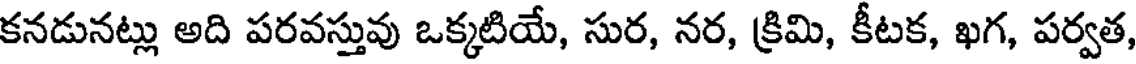
కనడునట్లు అది పరవస్తువు ఒక్కటియే, సుర, నర, క్రిమి, కీటక, ఖగ, పర్వత,